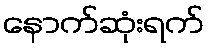
နောက်ဆုံးရက်